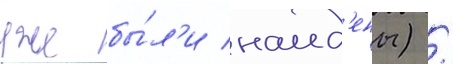
уже бы́л'и наид'ены) /